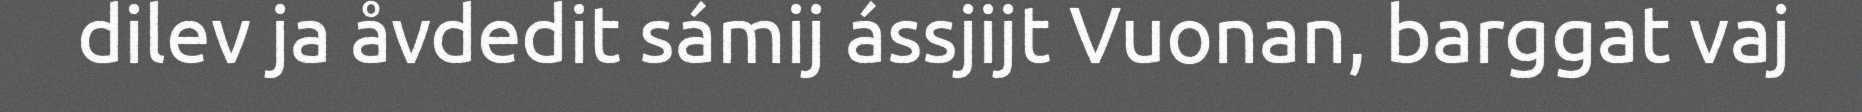
dilev ja åvdedit sámij ássjijt Vuonan, barggat vaj